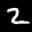
Label: 2